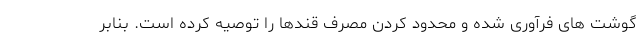
گوشت های فرآوری شده و محدود کردن مصرف قندها را توصیه کرده است. بنابر